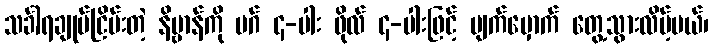
သင်္ခါရချုပ်ငြိမ်းတဲ့ နိဗ္ဗာန်ကို မဂ် ၄-ပါး ဖိုလ် ၄-ပါးဖြင့် မျက်မှောက် တွေ့သွားလိမ့်မယ်၊